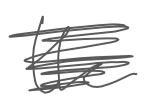
Text: the
Cross-out: scratch
Writing tool: digital_gray